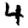
Digit: 4